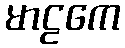
မာဠကေ